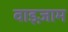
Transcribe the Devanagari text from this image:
वाइज़ाम